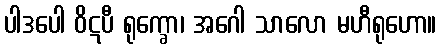
ပါဒပေါ ဝိဋပီ ရုက္ခော၊ အဂေါ သာလော မဟီရုဟော။